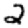
Digit: 2